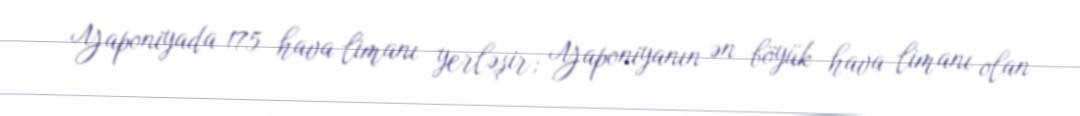
Yaponiyada 175 hava limanı yerləşir; Yaponiyanın ən böyük hava limanı olan